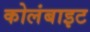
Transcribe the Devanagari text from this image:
कोलंबाइट